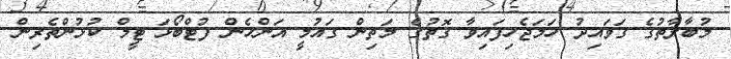
މުބާރާތުގެ ގަވައިދު ހަމަޖެހިފައިވާ ގޮތުގެ މަތިން ގައުމީ އަންހެން ފުޓްބޯޅަ ޓީމް ކުޅުންތެރިން